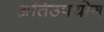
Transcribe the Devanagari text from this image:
अतिउपयोग